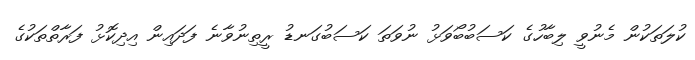
ކުލަތަކުން މެނުވީ ލިބާހުގެ ކަސަބުބޯވަޅު ނުވަތަ ކަސަބުގަނޑު ރީތިނުވާނެ ފަދައިން އިދިކޮޅު ފަރާތްތަކުގެ